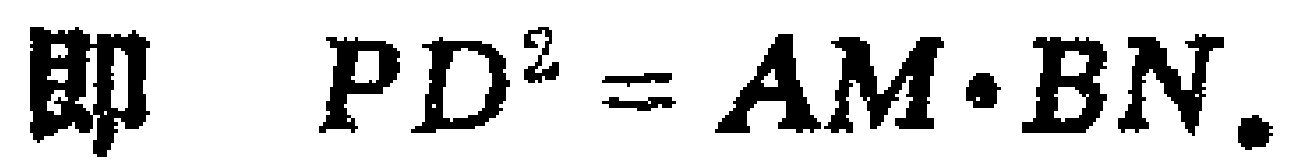
即 \(PD^{2}=AM\cdot BN\).